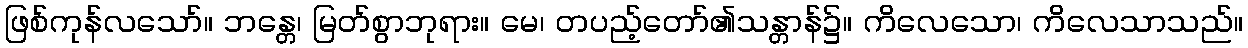
ဖြစ်ကုန်လသော်။ ဘန္တေ၊ မြတ်စွာဘုရား။ မေ၊ တပည့်တော်၏သန္တာန်၌။ ကိလေသော၊ ကိလေသာသည်။